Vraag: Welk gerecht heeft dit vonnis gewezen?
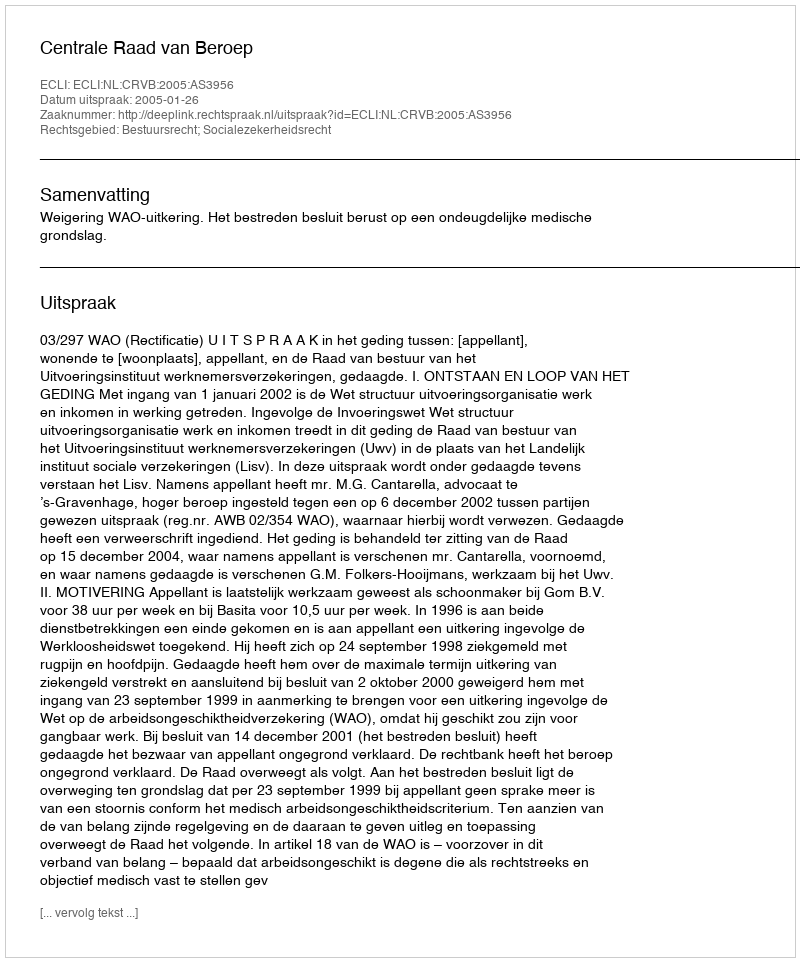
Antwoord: Centrale Raad van Beroep